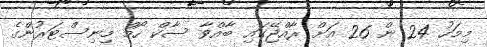
މިމަހު 24 ން 26 އަށް ރާއްޖޭގައި ބާއްވާ ސާކް ހޯމް މިނިސްޓަރުންގެ